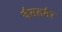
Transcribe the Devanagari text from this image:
जैसलमैर